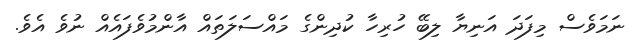
ނަމަވެސް މިފަދަ އަނިޔާ ލިބޭ ހުރިހާ ކުދިންގެ މައްސަލަތައް އާންމުވެފައެއް ނުވެ އެވެ.